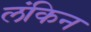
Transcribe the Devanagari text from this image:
लंकिन